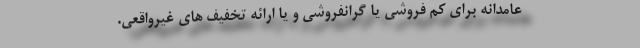
عامدانه برای کم فروشی یا گرانفروشی و یا ارائه تخفیف های غیرواقعی.